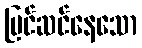
ပြင်ဆင်နေသော